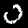
Label: 0